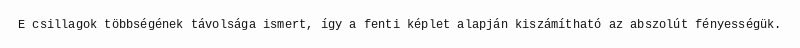
E csillagok többségének távolsága ismert, így a fenti képlet alapján kiszámítható az abszolút fényességük.